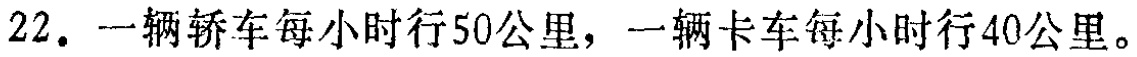
22. 一辆轿车每小时行50公里，一辆卡车每小时行40公里。